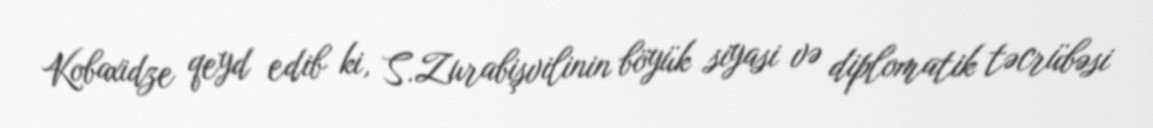
Kobaxidze qeyd edib ki, S.Zurabişvilinin böyük siyasi və diplomatik təcrübəsi